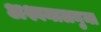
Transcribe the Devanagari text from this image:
अश्वनालनुमा